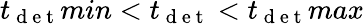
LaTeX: t_{\mathrm{~d~e~t~}}min<t_{\mathrm{~d~e~t~}}<t_{\mathrm{~d~e~t~}}max